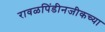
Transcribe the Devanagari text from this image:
रावळपिंडीनजीकच्या